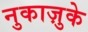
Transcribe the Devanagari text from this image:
नुकाज़ुके